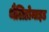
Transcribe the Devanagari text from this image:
थैलिडोमाइड